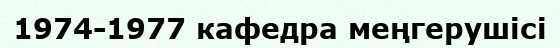
1974-1977 кафедра меңгерушісі